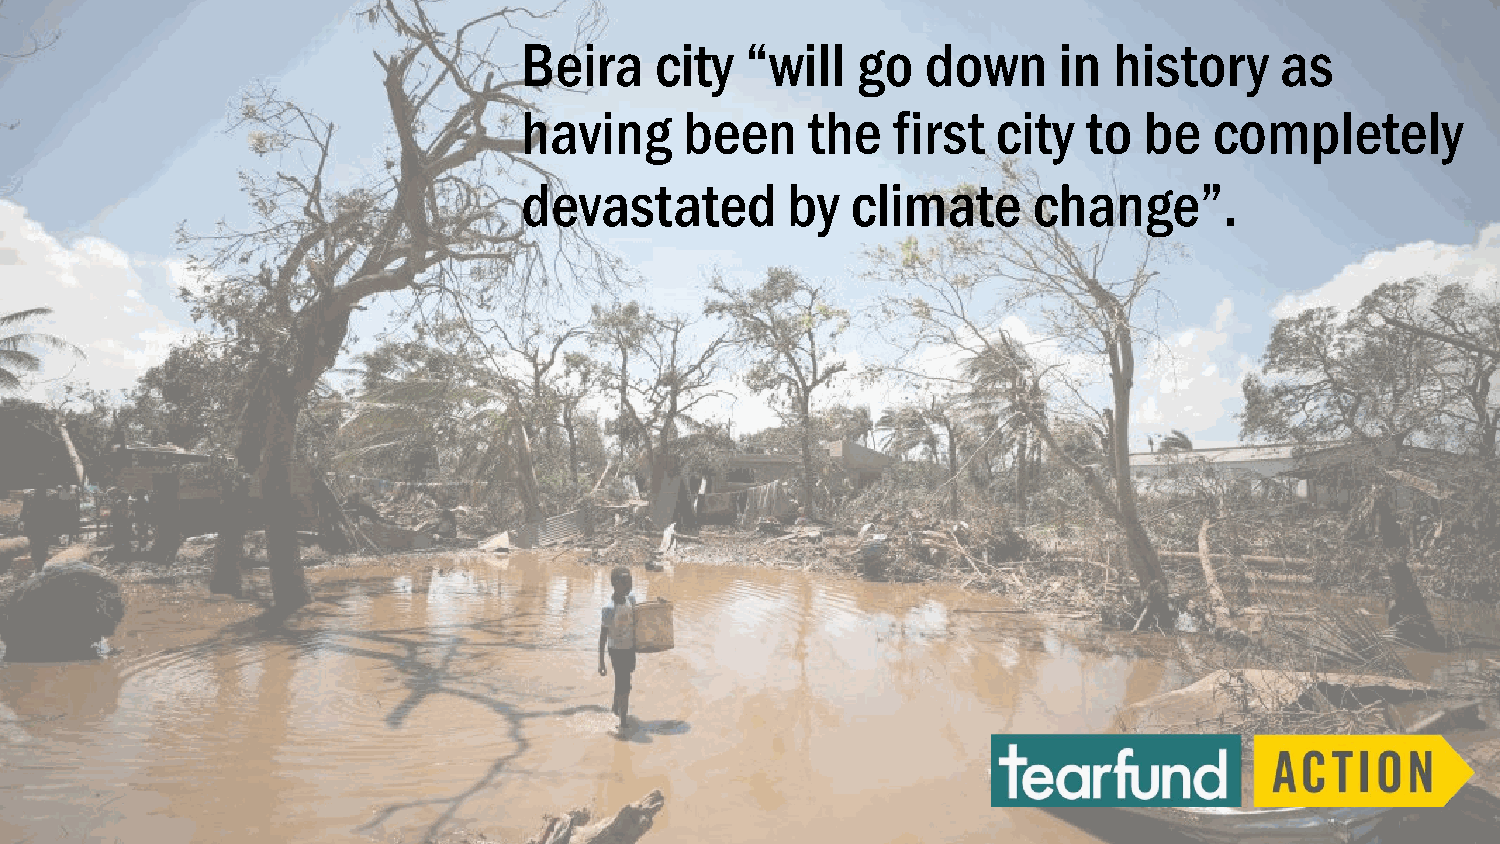
Beira   city  “will   go  down     in  history    as
 having    been    the   first  city  to  be  completely
 devastated       by  climate     change”.